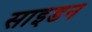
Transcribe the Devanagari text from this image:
साइडन